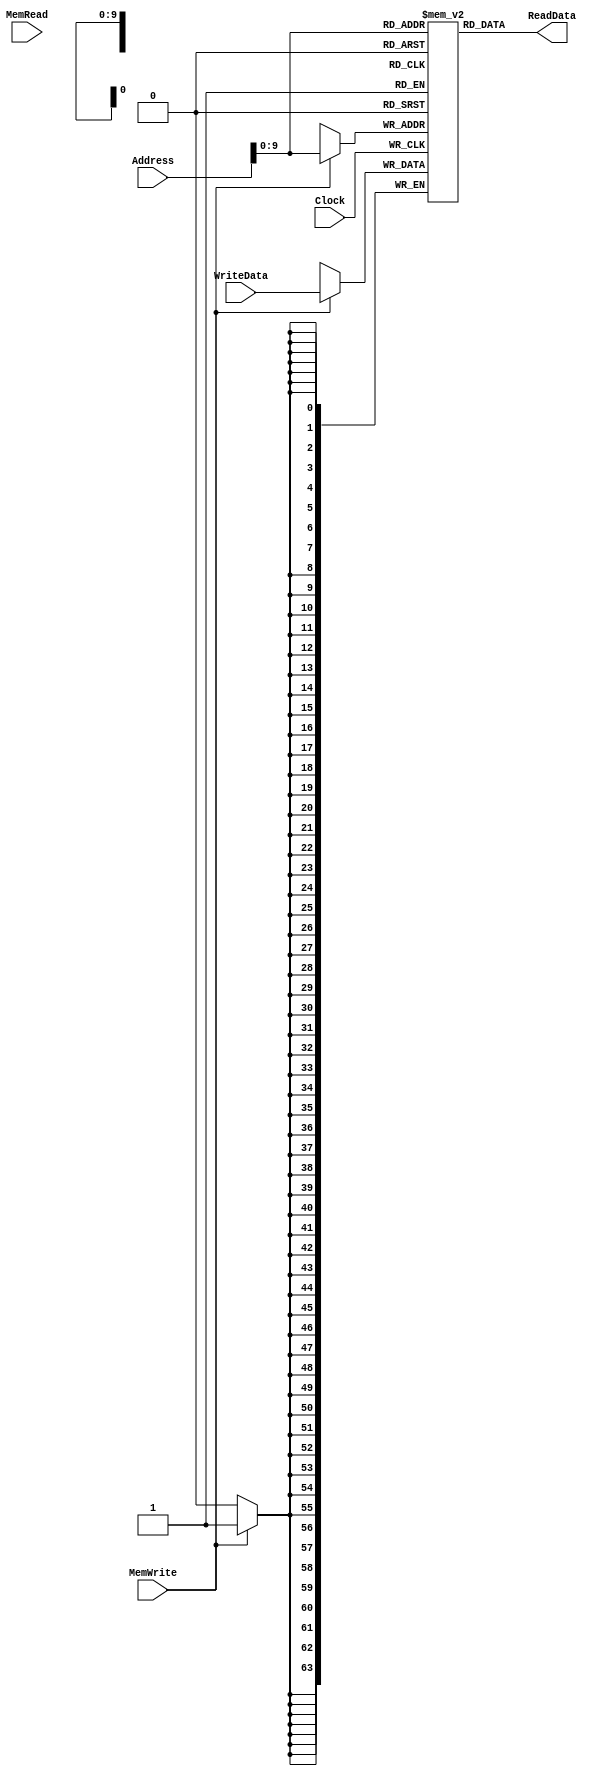
module DataMemory(Clock, Address, MemRead, ReadData, MemWrite, WriteData);
	input Clock, MemWrite, MemRead;
	input [63:0] Address;
	input [63:0] WriteData;
	output [63:0] ReadData;
	reg [63:0] memory [0:1023];

	assign ReadData = memory[Address[9:0]];

	always @(posedge Clock)
		if (MemWrite == 1) memory[Address[9:0]] = WriteData;
        
endmodule